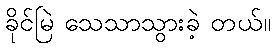
ခိုင်မြဲ သေသာသွားခဲ့ တယ်။